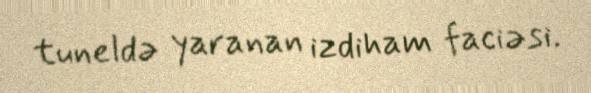
tuneldə yaranan izdiham faciəsi.